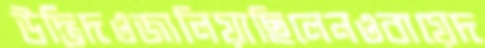
উদ্ভিদওজালিয়াছিলেনওবায়েদ